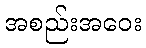
အစည်းအဝေး